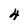
Character: 4